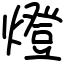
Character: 燈